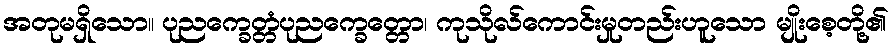
အတုမရှိသော။ ပုညက္ခေတ္တံပုညက္ခေတ္တော၊ ကုသိုလ်ကောင်းမှုတည်းဟူသော မျိုးစေ့တို့၏